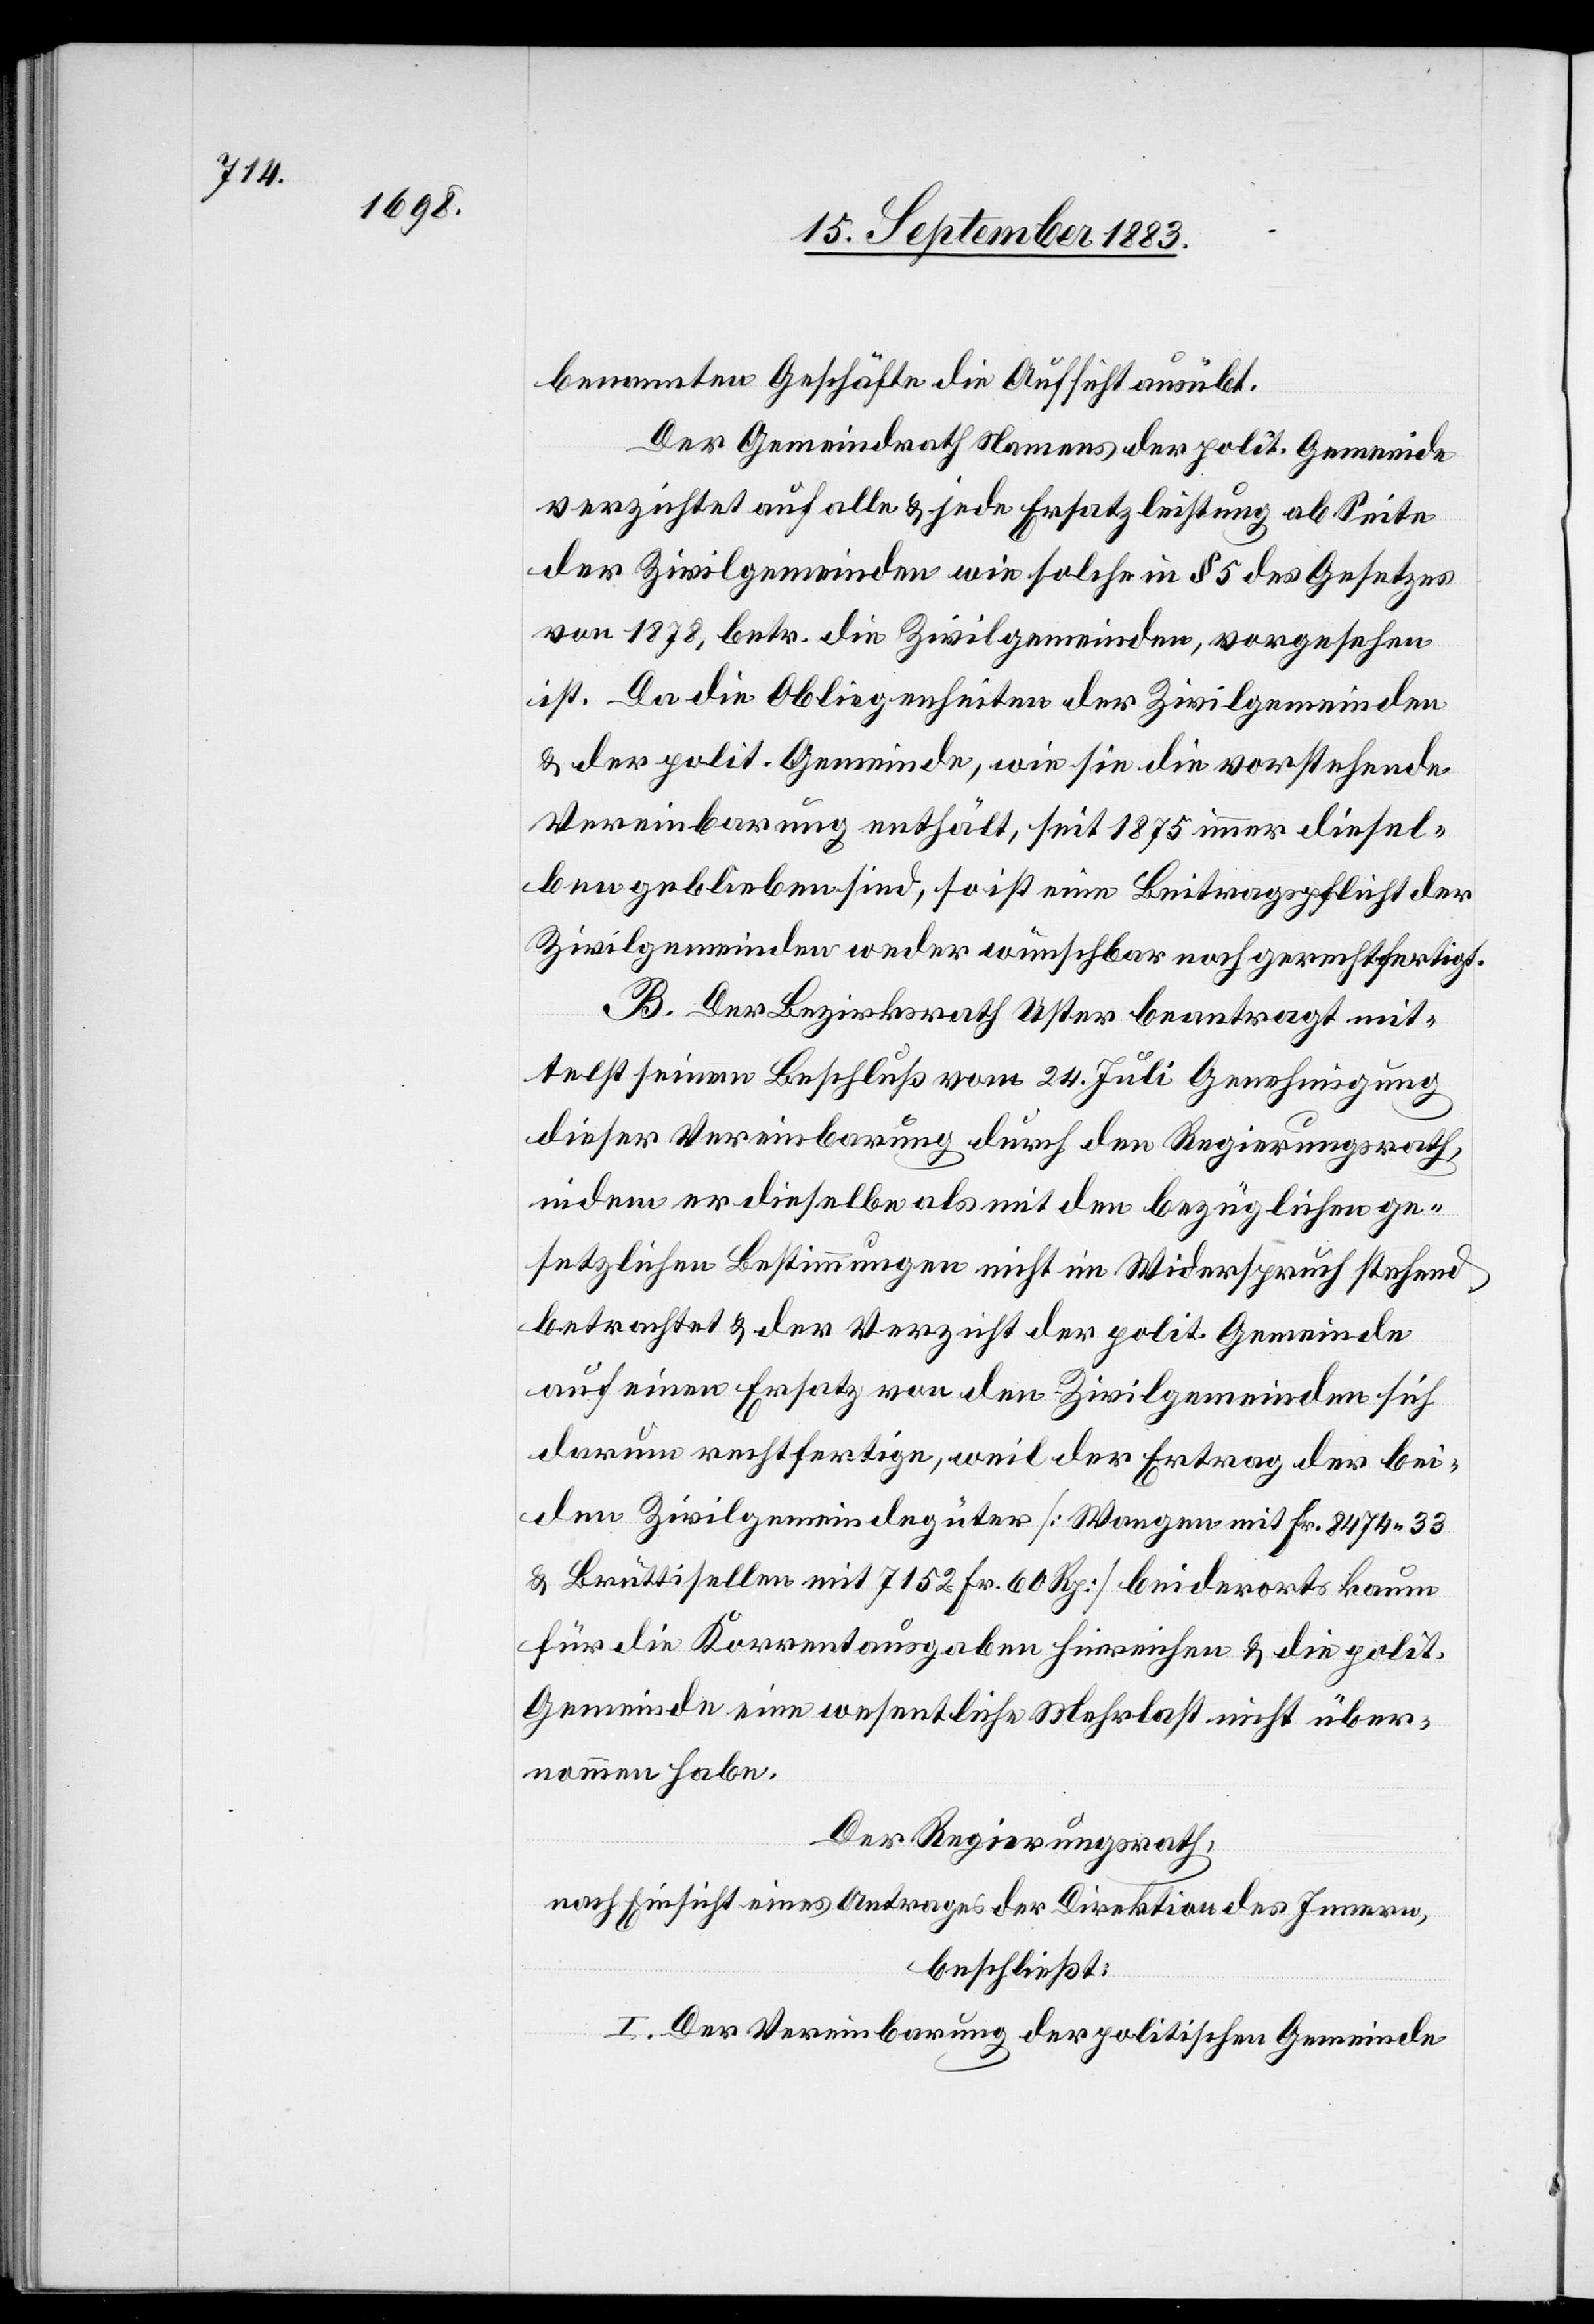
benannten Geschäfte die Aufsicht ausübt.
Der Gemeindrath Namens der polit. Gemeinde
verzichtet auf alle & jede Ersatzleistung ab Seite
der Zivilgemeinden wie solche in § 5 des Gesetzes
von 1878, betr. die Zivilgemeinden, vorgesehen
ist. Da die Obliegenheiten der Zivilgemeinden
& der polit. Gemeinde, wie sie die vorstehende
Vereinbarung enthält, seit 1875 immer diesel¬
ben geblieben sind, so ist eine Beitragspflicht der
Zivilgemeinden weder wünschbar noch gerechtfertigt.
B. Der Bezirksrath Uster beantragt mit¬
telst seinem Beschluß vom 24. Juli Genehmigung
dieser Vereinbarung durch den Regierungsrath,
indem er dieselbe als mit den bezüglichen ge¬
setzlichen Bestimmungen nicht im Widerspruch stehend
betrachtet & der Verzicht der polit. Gemeinde
auf einen Ersatz von den Zivilgemeinden sich
darum rechtfertige, weil der Ertrag der bei¬
den Zivilgemeindegüter [Wangen mit Fr. 8474 33
& Brüttisellen mit 7152 Fr. 60 Rp.] beiderorts kaum
für die Korrentausgaben hinreichen [sic!] & die polit.
Gemeinde eine wesentliche Mehrlast nicht über¬
nommen habe.
Der Regierungsrath,
nach Einsicht eines Antrages der Direktion des Innern,
beschließt:
I. Der Vereinbarung der politischen Gemeinde